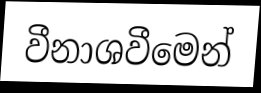
වීනාශවීමෙන්